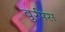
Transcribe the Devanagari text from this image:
बुर्रफ्स